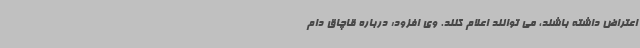
اعتراض داشته باشند، می توانند اعلام کنند. وی افزود: درباره قاچاق دام